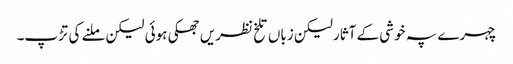
چہرے پہ خوشی کے آثار لیکن زباں تلخ نظریں جھکی ہوئی لیکن ملنے کی تڑپ۔